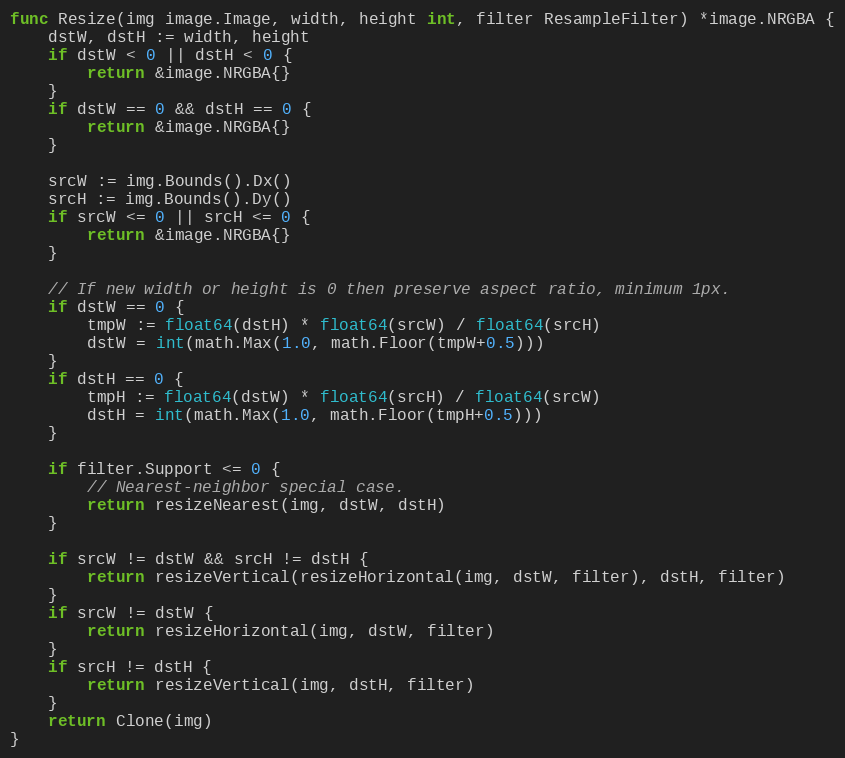
Language: Go
func Resize(img image.Image, width, height int, filter ResampleFilter) *image.NRGBA {
	dstW, dstH := width, height
	if dstW < 0 || dstH < 0 {
		return &image.NRGBA{}
	}
	if dstW == 0 && dstH == 0 {
		return &image.NRGBA{}
	}

	srcW := img.Bounds().Dx()
	srcH := img.Bounds().Dy()
	if srcW <= 0 || srcH <= 0 {
		return &image.NRGBA{}
	}

	// If new width or height is 0 then preserve aspect ratio, minimum 1px.
	if dstW == 0 {
		tmpW := float64(dstH) * float64(srcW) / float64(srcH)
		dstW = int(math.Max(1.0, math.Floor(tmpW+0.5)))
	}
	if dstH == 0 {
		tmpH := float64(dstW) * float64(srcH) / float64(srcW)
		dstH = int(math.Max(1.0, math.Floor(tmpH+0.5)))
	}

	if filter.Support <= 0 {
		// Nearest-neighbor special case.
		return resizeNearest(img, dstW, dstH)
	}

	if srcW != dstW && srcH != dstH {
		return resizeVertical(resizeHorizontal(img, dstW, filter), dstH, filter)
	}
	if srcW != dstW {
		return resizeHorizontal(img, dstW, filter)
	}
	if srcH != dstH {
		return resizeVertical(img, dstH, filter)
	}
	return Clone(img)
}